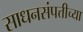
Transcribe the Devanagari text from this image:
साधनसंपत्तीच्या